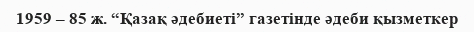
1959 – 85 ж. “Қазақ әдебиеті” газетінде әдеби қызметкер